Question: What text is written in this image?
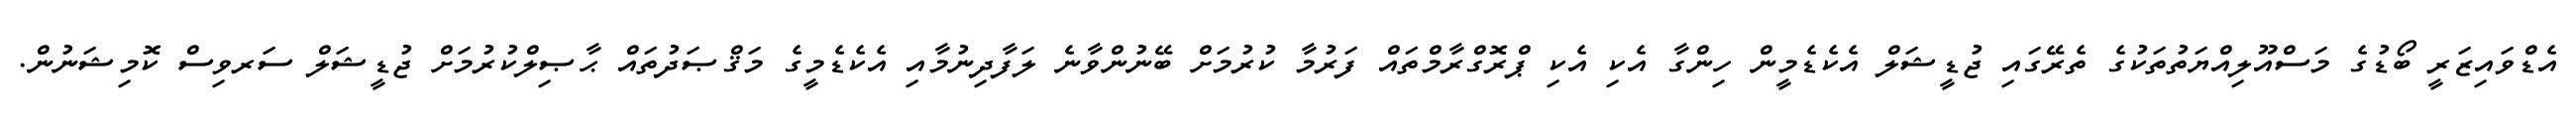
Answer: އެޑްވައިޒަރީ ބޯޑުގެ މަސްއޫލިއްޔަތުތަކުގެ ތެރޭގައި ޖުޑީޝަލް އެކެޑެމީން ހިންގާ އެކި އެކި ޕްރޮގްރާމްތައް ފަރުމާ ކުރުމަށް ބޭނުންވާނެ ލަފާދިނުމާއި އެކެޑެމީގެ މަޤްޞަދުތައް ޙާޞިލްކުރުމަށް ޖުޑީޝަލް ސަރވިސް ކޮމިޝަނުން.